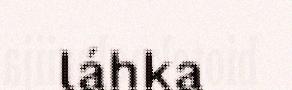
láhka